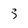
Character: 3